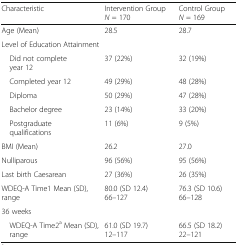
<table><thead><tr><td><b>Characteristic</b></td><td><b>Intervention Group <i>N</i> = 170</b></td><td><b>Control Group <i>N</i> = 169</b></td></tr></thead><tbody><tr><td>Age (Mean)</td><td>28.5</td><td>28.7</td></tr><tr><td colspan="3">Level of Education Attainment</td></tr><tr><td> Did not complete year 12</td><td>37 (22%)</td><td>32 (19%)</td></tr><tr><td> Completed year 12</td><td>49 (29%)</td><td>48 (28%)</td></tr><tr><td> Diploma</td><td>50 (29%)</td><td>47 (28%)</td></tr><tr><td> Bachelor degree</td><td>23 (14%)</td><td>33 (20%)</td></tr><tr><td> Postgraduate qualifications</td><td>11 (6%)</td><td>9 (5%)</td></tr><tr><td>BMI (Mean)</td><td>26.2</td><td>27.0</td></tr><tr><td>Nulliparous</td><td>96 (56%)</td><td>95 (56%)</td></tr><tr><td>Last birth Caesarean</td><td>27 (36%)</td><td>26 (35%)</td></tr><tr><td>WDEQ-A Time1 Mean (SD), range</td><td>80.0 (SD 12.4)66–127</td><td>76.3 (SD 10.6)66–128</td></tr><tr><td>36 weeks</td><td></td><td></td></tr><tr><td> WDEQ-A Time2<sup>a</sup> Mean (SD), range</td><td>61.0 (SD 19.7)12–117</td><td>66.5 (SD 18.2)22–121</td></tr></tbody></table>